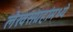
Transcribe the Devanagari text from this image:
लेखसंग्रहांमध्ये